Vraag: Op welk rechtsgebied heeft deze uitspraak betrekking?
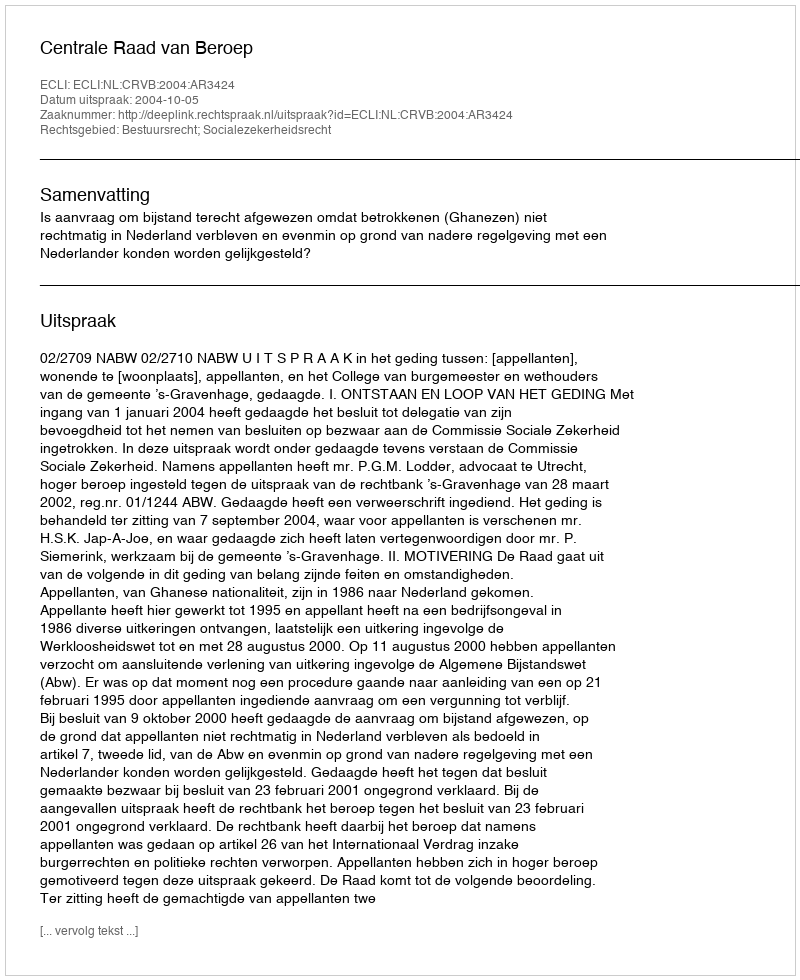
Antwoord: Bestuursrecht; Socialezekerheidsrecht